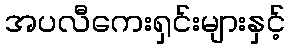
အပလီကေးရှင်းများနှင့်